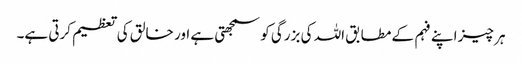
ہر چیز اپنے فہم کے مطابق اللہ کی بزرگی کو سمجھتی ہے اور خالق کی تعظیم کرتی ہے۔